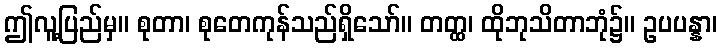
ဤလူ့ပြည်မှ။ စုတာ၊ စုတေကုန်သည်ရှိသော်။ တတ္ထ၊ ထိုဘုသိတာဘုံ၌။ ဥပပန္နာ၊